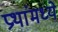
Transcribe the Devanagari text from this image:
प्रथांमध्ये